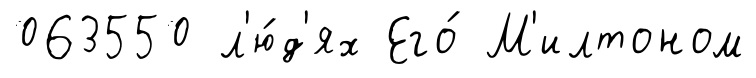
063550 л'ю́д'ях Его́ М'илтоном